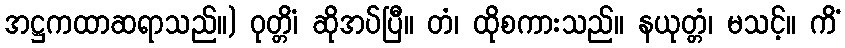
အဋ္ဌကထာဆရာသည်။) ဝုတ္တိံ၊ ဆိုအပ်ပြီ။ တံ၊ ထိုစကားသည်။ နယုတ္တံ၊ မသင့်။ ကိံ